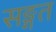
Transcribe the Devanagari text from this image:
सङ्गत